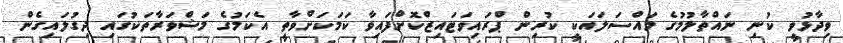
ވިދާޅުވީ ކުނި ނައްތާލުމުގެ މައްސަލައަކީ ކުރިން ޕްރައިވަޓައިޒްކޮށްފައިވާ ކަމަކަށްވާތީ އެކަމުގެ މަޝްވަރާތަކުގައި ދިގުލައިގެން